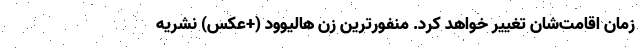
زمان اقامت‌شان تغییر خواهد کرد. منفورترین زن هالیوود (+عکس) نشریه